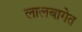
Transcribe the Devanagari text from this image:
लालबागेत